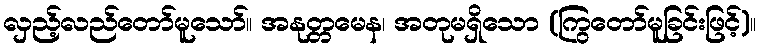
လှည့်လည်တော်မူသော်။ အနုတ္တမေန၊ အတုမရှိသော (ကြွတော်မူခြင်းဖြင့်)။